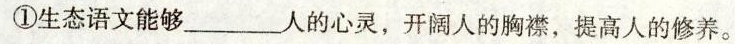
①生态语文能够___人的心灵，开阔人的胸襟，提高人的修养。